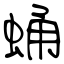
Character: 蛹